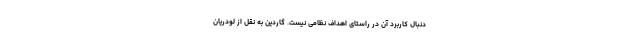
دنبال کاربرد آن در راستای اهداف نظامی نیست. گاردین به نقل از لودریان